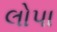
લોપા